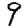
Digit: 9